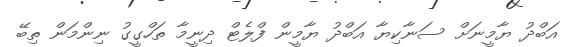
އަބްދު ޔާމީނަށް ސަނާކިޔާ އަބްދު ޔާމީން ފްލެޓް ދިނީމާ ތަހްގީގު ނިންމަން ތިބޭ